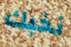
نخبك